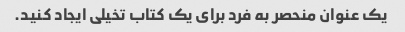
یک عنوان منحصر به فرد برای یک کتاب تخیلی ایجاد کنید.